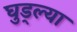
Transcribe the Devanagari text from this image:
घुड्ल्या